On a parasite found in the white corpuscles of the blood of palm squirrels - Number 24
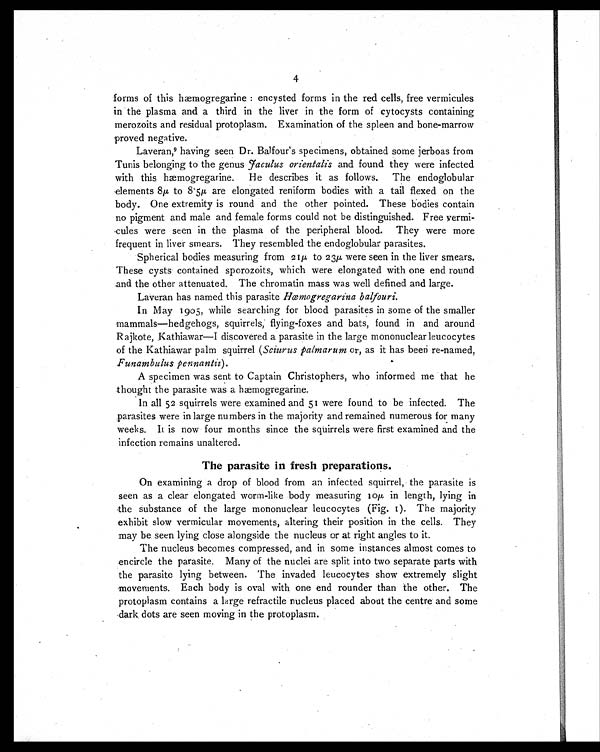
4
forms of this hæmogregarine : encysted forms in the red cells, free vermicules
in the plasma and a third in the liver in the form of cytocysts containing
merozoits and residual protoplasm. Examination of the spleen and bone-marrow
proved negative.
Laveran, 9 having seen Dr. Balfour's specimens, obtained some jerboas from
Tunis belonging to the genus faculus orientalis and found they were infected
with this hæmogregarine. He describes it as follows. The endoglobular
elements 8µ to 8.5µ are elongated reniform bodies with a tail flexed on the
body. One extremity is round and the other pointed. These bodies contain
no pigment and male and female forms could not be distinguished. Free vermi-
cules were seen in the plasma of the peripheral blood. They were more
frequent in liver smears. They resembled the endoglobular parasites.
Spherical bodies measuring from 21µ to 23µ were seen in the liver smears.
These cysts contained sporozoits, which were elongated with one end round
and the other attenuated. The chromatin mass was well defined and large.
Laveran has named this parasite Hæmogregarina balfouri.
In May 1905, while searching for blood parasites in some of the smaller
mammals—hedgehogs, squirrels, flying-foxes and bats, found in and around
Rajkote, Kathiawar—I discovered a parasite in the large mononuclear leucocytes
of the Kathiawar palm squirrel ( Sciurus palmarum or, as it has been re-named,
Funambulus pennantii ).
A specimen was sent to Captain Christophers, who informed me that he
thought the parasite was a hæmogregarine.
In all 52 squirrels were examined and 51 were found to be infected. The
parasites were in large numbers in the majority and remained numerous for many
weeks. It is now four months since the squirrels were first examined and the
infection remains unaltered.
The parasite in fresh preparations.
On examining a drop of blood from an infected squirrel, the parasite is
seen as a clear elongated worm-like body measuring 10µ in length, lying in
the substance of the large mononuclear leucocytes (Fig. 1). The majority
exhibit slow vermicular movements, altering their position in the cells. They
may be seen lying close alongside the nucleus or at right angles to it.
The nucleus becomes compressed, and in some instances almost comes to
encircle the parasite. Many of the nuclei are split into two separate parts with
the parasite lying between. The invaded leucocytes show extremely slight
movements. Each body is oval with one end rounder than the other. The
protoplasm contains a large refractile nucleus placed about the centre and some
dark dots are seen moving in the protoplasm.